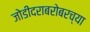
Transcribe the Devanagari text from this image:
जोडीदराबरोबरच्या